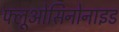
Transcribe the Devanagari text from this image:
फ्लूओसिनोनाइड